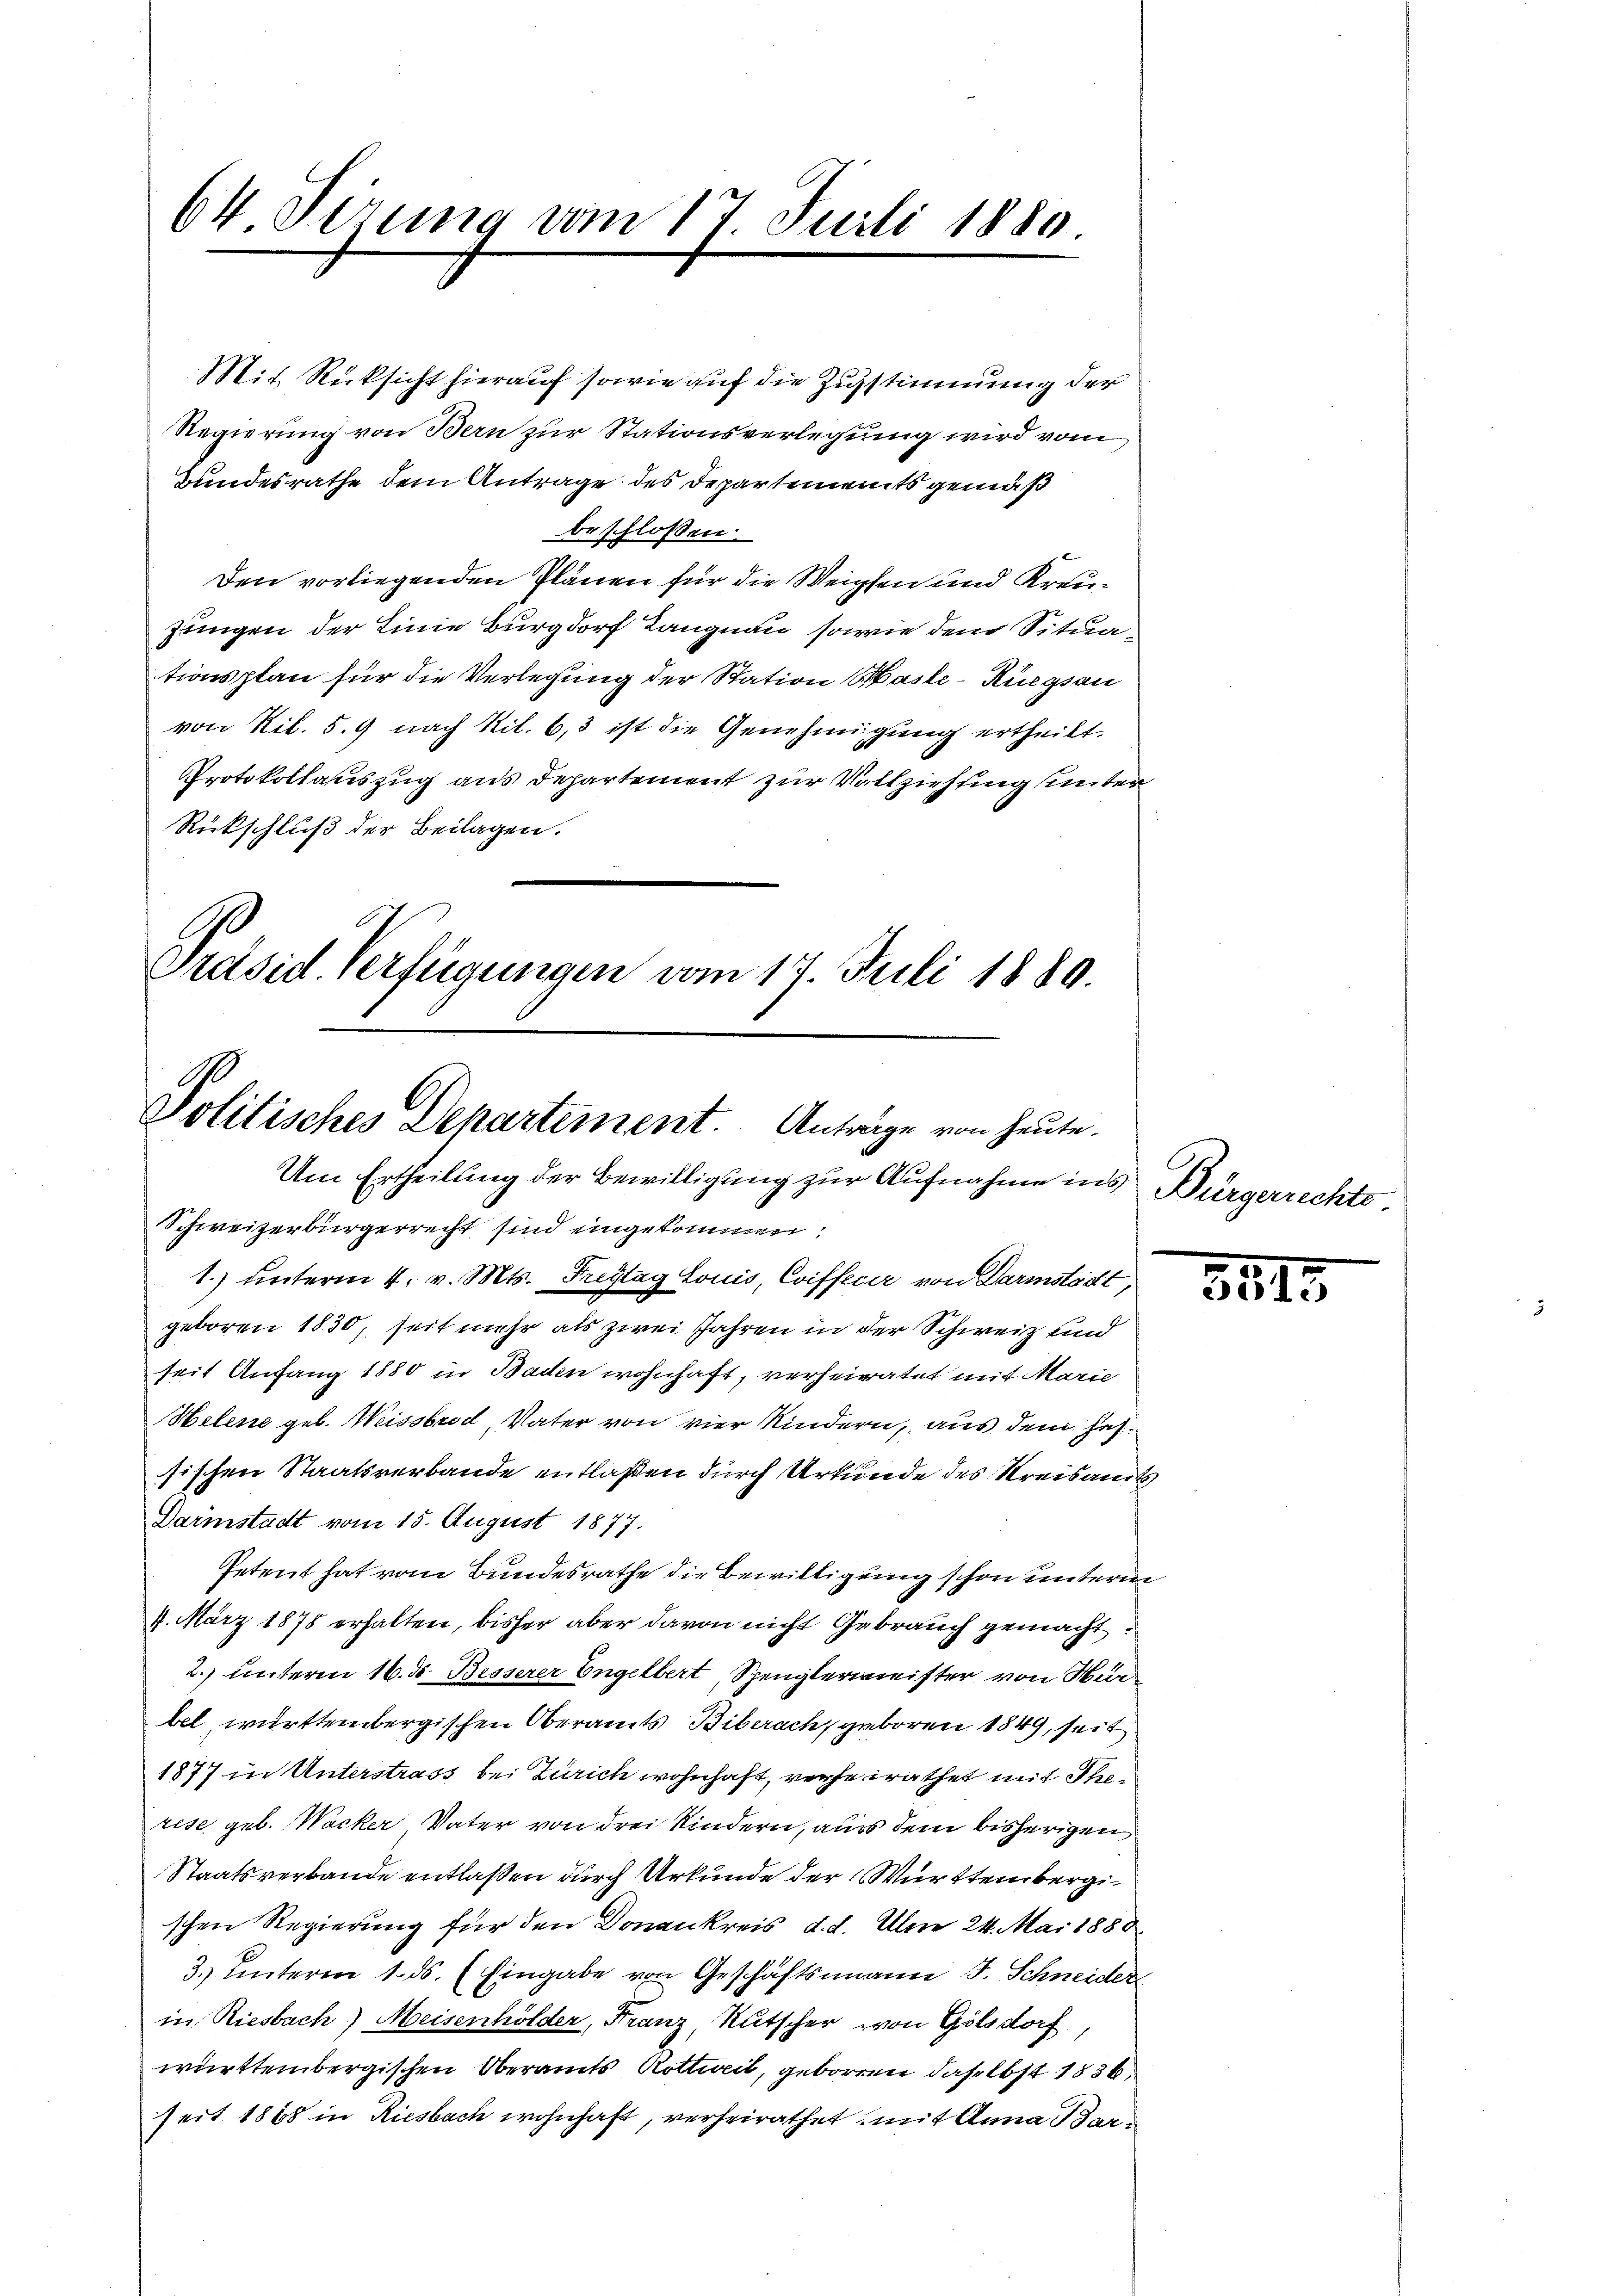
64 Verung vom 17 Juli 1880

Mit Rücksicht hierauf sowie auf die Zustimmung der
Regierung von Bern zur Stationsverlegung wird vom
Bundesrathe dem Antrage des Departements gemäß
beschlossen:
Den vorliegenden Plänen für die Weichen und Kreu¬
Jungen der Linie Burgdorf Langnau, sowie dem Situationsplan für die Verlegung der Station Basle - Ruegsau
von Ril. 5. 9 nach Nil. 6,3 ist die Genehmigung ertheilt.
Protokollauszug aus Departement zur Vollziehung unter
Rückschluß der Beilagen.

Präsid. Verfügungen vom 17. Juli 1889.
Politisches Departement. Anträge von heute.
Um Ertheilung der Bewilligung zur Aufnahme ins Bürgerrechts¬
Schweizerbürgerrecht sind eingekommen:

1.) unterm 4. v. Mts. Fristag Louis, Coiffeuer von Darmstädt
geboren 1830, seit mehr als zwei Jahren in der Schweiz und
seit Anfang 1880 in Baden wohnhaft, verheiratet mit Marie
Helene geb. Weissbrod, Vater von vier Kindern, aus dem Jahsischen Staatsverbande entlaßen durch Urkunde des Kreisamts
Darmstadt vom 15. August 1877.
Petent hat vom Bundesrathe die Bewilligung schon unterm
9. März 1878 erhalten, bisher aber davon nicht Gebrauch gemacht.
2.) unterm 16. d. Besserer Engelbert, Spenglermeister von Marbel, württembergischen Oberamts Biberach, geboren 1849, seit
1877 in Unterstrass bei Zürich wohnhaft, verheirathet mit Therese geb. Wacker Vater von drei Kindern, aus dem bisherigen
Staatsverbande entlaßen durch Urkunde der Württembergischen Regierung für den Donankreis d. d. Am 24. Mai 1888
3.) Unterm 1. ds. (Eingabe von Geschäftsmann J. Schneider
in Riesbach) Meisenhölder, Franz, Rutscher von Golsdorf
württembergischen Oberamts Rottweil, geboren daselbst 1836.
seit 1868 in Riesbach wohnhaft, verheirathet mit Anna Bar¬

n
ca